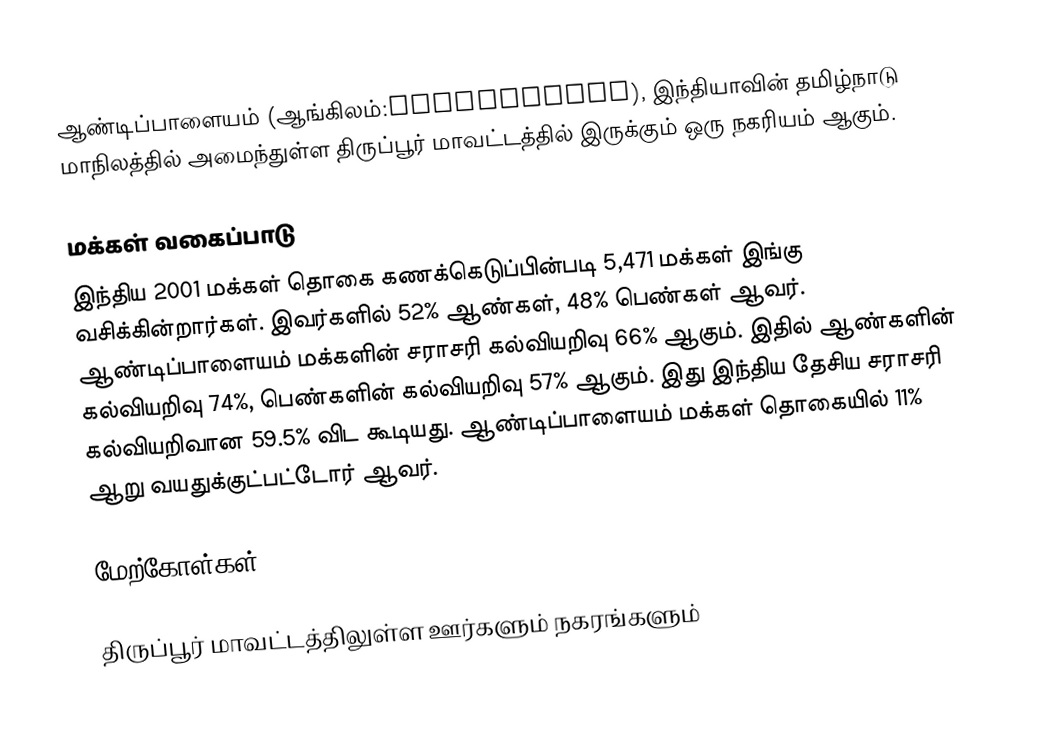
ஆண்டிப்பாளையம் (ஆங்கிலம்:Andipalayam), இந்தியாவின் தமிழ்நாடு மாநிலத்தில் அமைந்துள்ள திருப்பூர் மாவட்டத்தில் இருக்கும் ஒரு நகரியம் ஆகும்.

மக்கள் வகைப்பாடு
இந்திய 2001 மக்கள் தொகை கணக்கெடுப்பின்படி 5,471 மக்கள் இங்கு வசிக்கின்றார்கள். இவர்களில் 52% ஆண்கள், 48% பெண்கள் ஆவர். ஆண்டிப்பாளையம் மக்களின் சராசரி கல்வியறிவு 66% ஆகும். இதில் ஆண்களின் கல்வியறிவு 74%, பெண்களின் கல்வியறிவு 57% ஆகும். இது இந்திய தேசிய சராசரி கல்வியறிவான 59.5% விட கூடியது. ஆண்டிப்பாளையம் மக்கள் தொகையில் 11%  ஆறு வயதுக்குட்பட்டோர் ஆவர்.

மேற்கோள்கள்

திருப்பூர் மாவட்டத்திலுள்ள ஊர்களும் நகரங்களும்